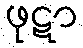
ဖုဋာ